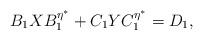
LaTeX: \begin{align*}\begin{aligned}B_1XB_{1}^{\eta^{\ast}}+C_1YC_{1}^{\eta^{\ast}}=D_1,\end{aligned}\end{align*}